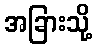
အခြားသို့